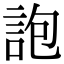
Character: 䛌